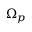
\Omega _ { p }